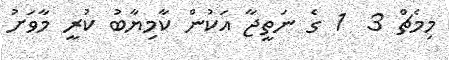
މިމެޗް 3  1 ގެ ނަތީޖާ އަކުން ކާމިޔާބު ކުރީ މާވަށު